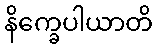
နိက္ခေပါယာတိ